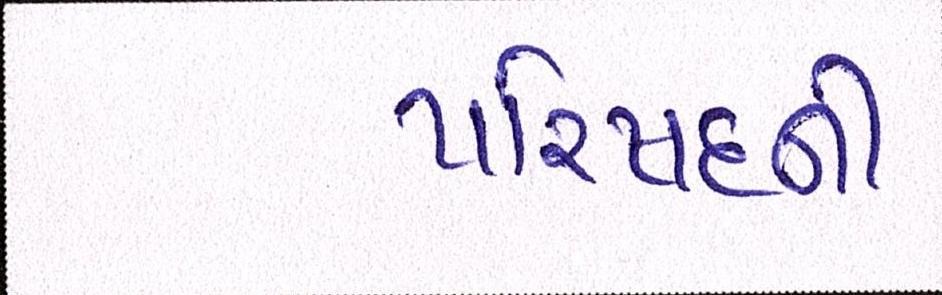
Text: પરિષધની